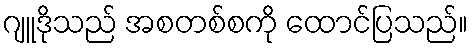
ဂျူဒိုသည် အစတစ်စကို ထောင်ပြသည်။